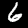
Digit: 6